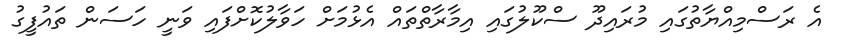
އެ ރަސްމިއްޔާތުގައި މުރައިދޫ ސްކޫލުގައި އިމާރާތްތައް އެޅުމަށް ހަވާލުކޮށްފައި ވަނީ ހަސަން ތައުފީގު